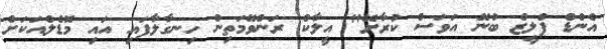
އެންޑް ޕްލީޒް ބުނޭ އަވަސް ކުރާށޭ" އީލާކް ރަންވޭމަތިން ހިނގާލާފައި އައި މޮޑެލްއަކަށް